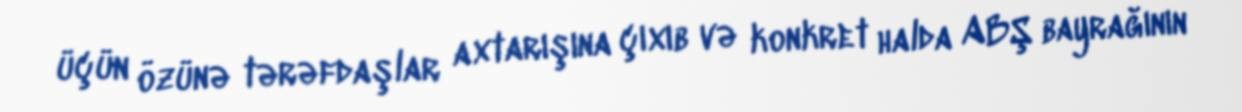
üçün özünə tərəfdaşlar axtarışına çıxıb və konkret halda ABŞ bayrağının